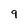
Character: 9